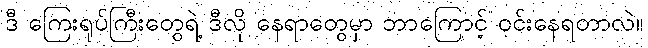
ဒီ ကြေးရုပ်ကြီးတွေရဲ့ ဒီလို နေရာတွေမှာ ဘာကြောင့် ဝင်းနေရတာလဲ။